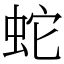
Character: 蛇